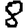
Digit: 8